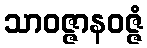
သာဝဇ္ဇာနဝဇ္ဇံ